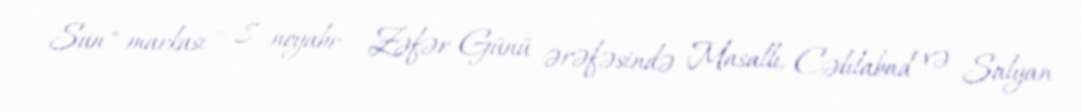
Sun" markası – 8 noyabr - Zəfər Günü ərəfəsində Masallı, Cəlilabad və Salyan